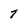
Character: T